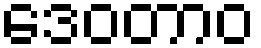
ဒေဝတာဝ